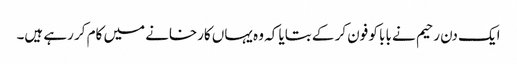
ایک دن رحیم نے بابا کو فون کر کے بتایا کہ وہ یہاں کارخانے میں کام کر رہے ہیں۔